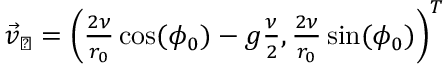
\begin{array} { r } { \vec { v } _ { \perp } = \left( \frac { 2 \nu } { r _ { 0 } } \cos ( \phi _ { 0 } ) - g \frac { \nu } { 2 } , \frac { 2 \nu } { r _ { 0 } } \sin ( \phi _ { 0 } ) \right) ^ { T } } \end{array}